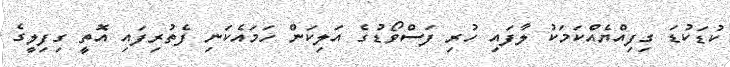
ކުޑަކުޑަ ގިފިއްޔެއްކަމަކު ލާފައި ހުރި ފަސްވޯޑުގެ އަލިކަން ހަމައެކަނި ފެތުރިފައި އޮތީ ގިފިލީގެ